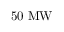
5 0 ~ \mathrm { M W }